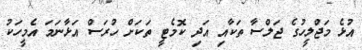
އުޅެ މަޖްލީހުގެ ޖަލްސާ ތަކާއި އަދި ކޮމެޓީ ތަކަށް ހުރަސް އަޅާނަމަ އެމީހަކު